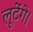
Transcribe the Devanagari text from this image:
लूटेंगे।